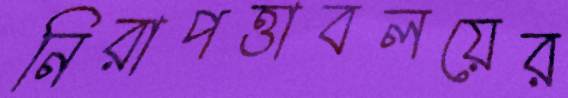
নিরাপত্তাবলয়ের